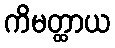
ကိမတ္ထာယ